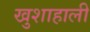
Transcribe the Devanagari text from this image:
खुशाहाली